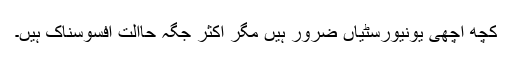
کچھ اچھی یونیورسٹیاں ضرور ہیں مگر اکثر جگہ حاالت افسوسناک ہیں۔